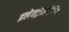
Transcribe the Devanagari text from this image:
इलेक्ट्रोनेगेटिव